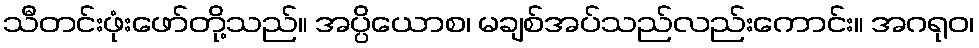
သီတင်းဖုံးဖော်တို့သည်။ အပ္ပိယောစ၊ မချစ်အပ်သည်လည်းကောင်း။ အဂရုဝ၊